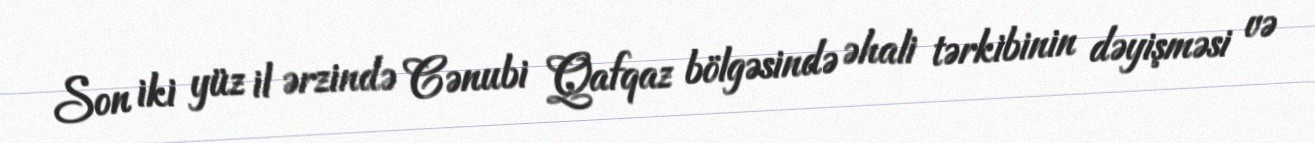
Son iki yüz il ərzində Cənubi Qafqaz bölgəsində əhali tərkibinin dəyişməsi və